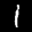
Label: 1